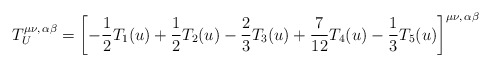
\begin{align*}T_U^{\mu\nu,\,\alpha\beta}=\left[-\frac12T_1(u)+\frac12T_2(u)-\frac23T_3(u)+\frac7{12}T_4(u)-\frac13T_5(u)\right]^{\mu\nu,\,\alpha\beta}\end{align*}